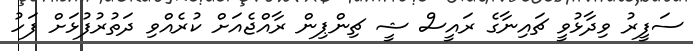
ސަފީރު ވިދާޅުވީ ޗައިނާގެ ރައީސް ޝީ ޗިންޕިން ރާއްޖެއަށް ކުރެއްވި ދަތުރުފުޅަށް ފަހު